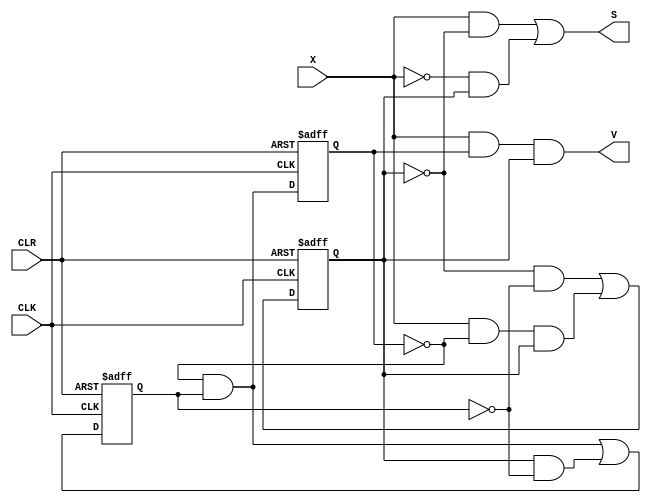
module HW1_add2_dataflow(output  S,V,input X,CLK,CLR);

reg D1,D2,D3;

always @ (posedge CLK, negedge CLR)
if (CLR==0)
  begin
    D1 <= 0;
    D2 <= 0;
    D3 <= 0; 
  end 
else
  begin 
 	D1 <= (~D1) & D3;
 	D2 <= ((~D2) & (~D3) ) | (X & (~D1) & D2);
 	D3 <= ((~D1) & D3 ) | (D2 & (~D3));
  end 

    assign S =  (X & (~D2)) | ((~X) & D2);
    assign V = X & D1 & D2;

endmodule